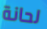
لحانة